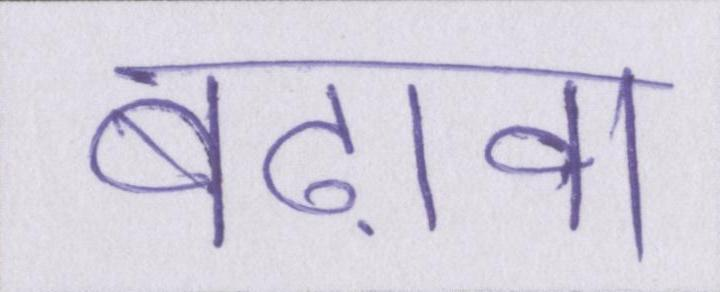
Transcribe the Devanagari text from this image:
बढ़ावा